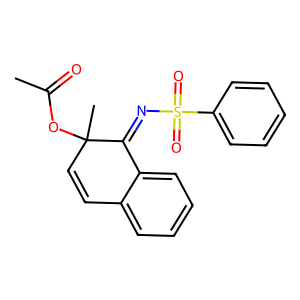
SMILES: CC(=O)OC1(C)C=Cc2ccccc2C1=NS(=O)(=O)c1ccccc1
Inhibits HIV replication: No